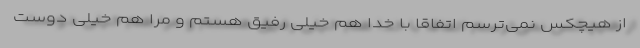
از هیچکس نمی‌ترسم اتفاقاً با خدا هم خیلی رفیق هستم و مرا هم خیلی دوست